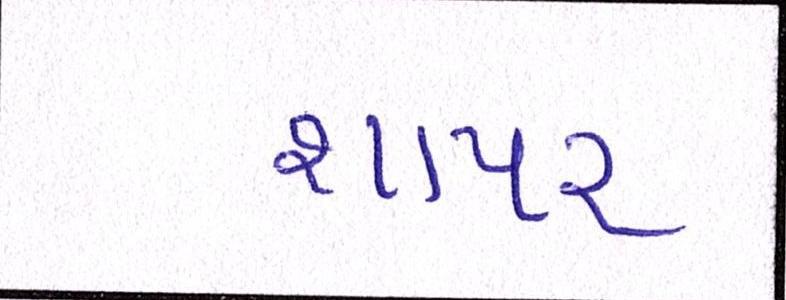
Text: શાપર